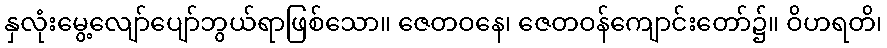
နှလုံးမွေ့လျော်ပျော်ဘွယ်ရာဖြစ်သော။ ဇေတဝနေ၊ ဇေတဝန်ကျောင်းတော်၌။ ဝိဟရတိ၊